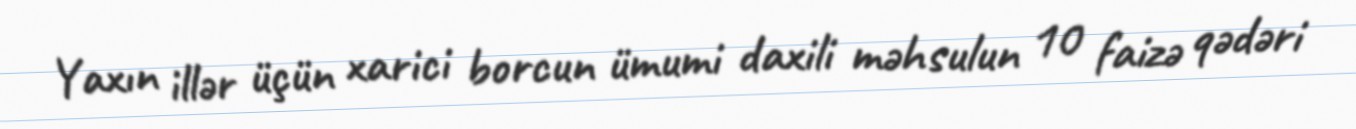
Yaxın illər üçün xarici borcun ümumi daxili məhsulun 10 faizə qədəri